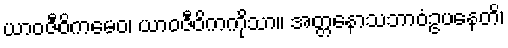
ယာဝဇီဝိကမေဝ၊ ယာဝဇီဝိကကိုသာ။ အတ္တနောသဘာဝံဥပနေတိ၊